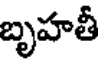
బృహతీ